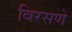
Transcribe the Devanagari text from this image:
विरसणे